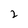
Character: 2